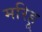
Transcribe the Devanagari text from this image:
मरिहू